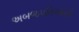
અબજપતિઓની